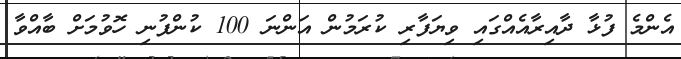
އެންމެ ފުޅާ ދާއިރާއެއްގައި ވިޔަފާރި ކުރަމުން އަންނަ 100 ކުންފުނި ހޮވުމަށް ބާއްވާ